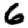
Digit: 6